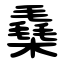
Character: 㯔